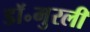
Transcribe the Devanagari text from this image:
डॉ॰मुरली